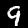
Digit: 9